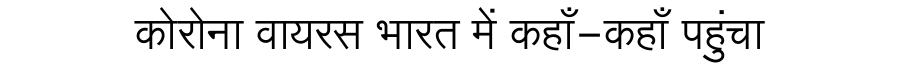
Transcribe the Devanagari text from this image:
कोरोना वायरस भारत में कहाँ-कहाँ पहुंचा